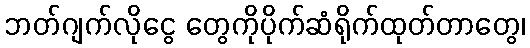
ဘတ်ဂျက်လိုငွေ တွေကိုပိုက်ဆံရိုက်ထုတ်တာတွေ၊